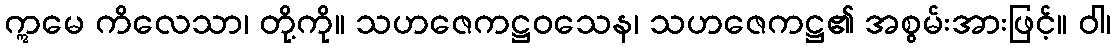
ဣမေ ကိလေသာ၊ တို့ကို။ သဟဇေကဋ္ဌဝသေန၊ သဟဇေကဋ္ဌ၏ အစွမ်းအားဖြင့်။ ဝါ၊